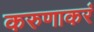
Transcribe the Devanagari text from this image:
करुणाकरं